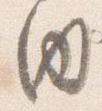
内